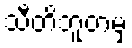
သီတိဘူတမှ